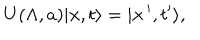
U ( \Lambda , a ) \vert { \bf x } , t \rangle = \vert { \bf x } \, ^ { \prime } , t ^ { \prime } \rangle ,